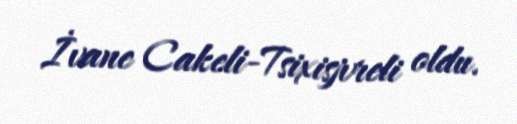
İvane Cakeli-Tsixisjvreli oldu.